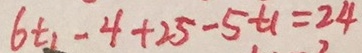
6 t _ { 1 } - 4 + 2 5 - 5 t _ { 1 } = 2 4